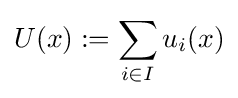
U(x):=\sum _{i\in I}u_{i}(x)